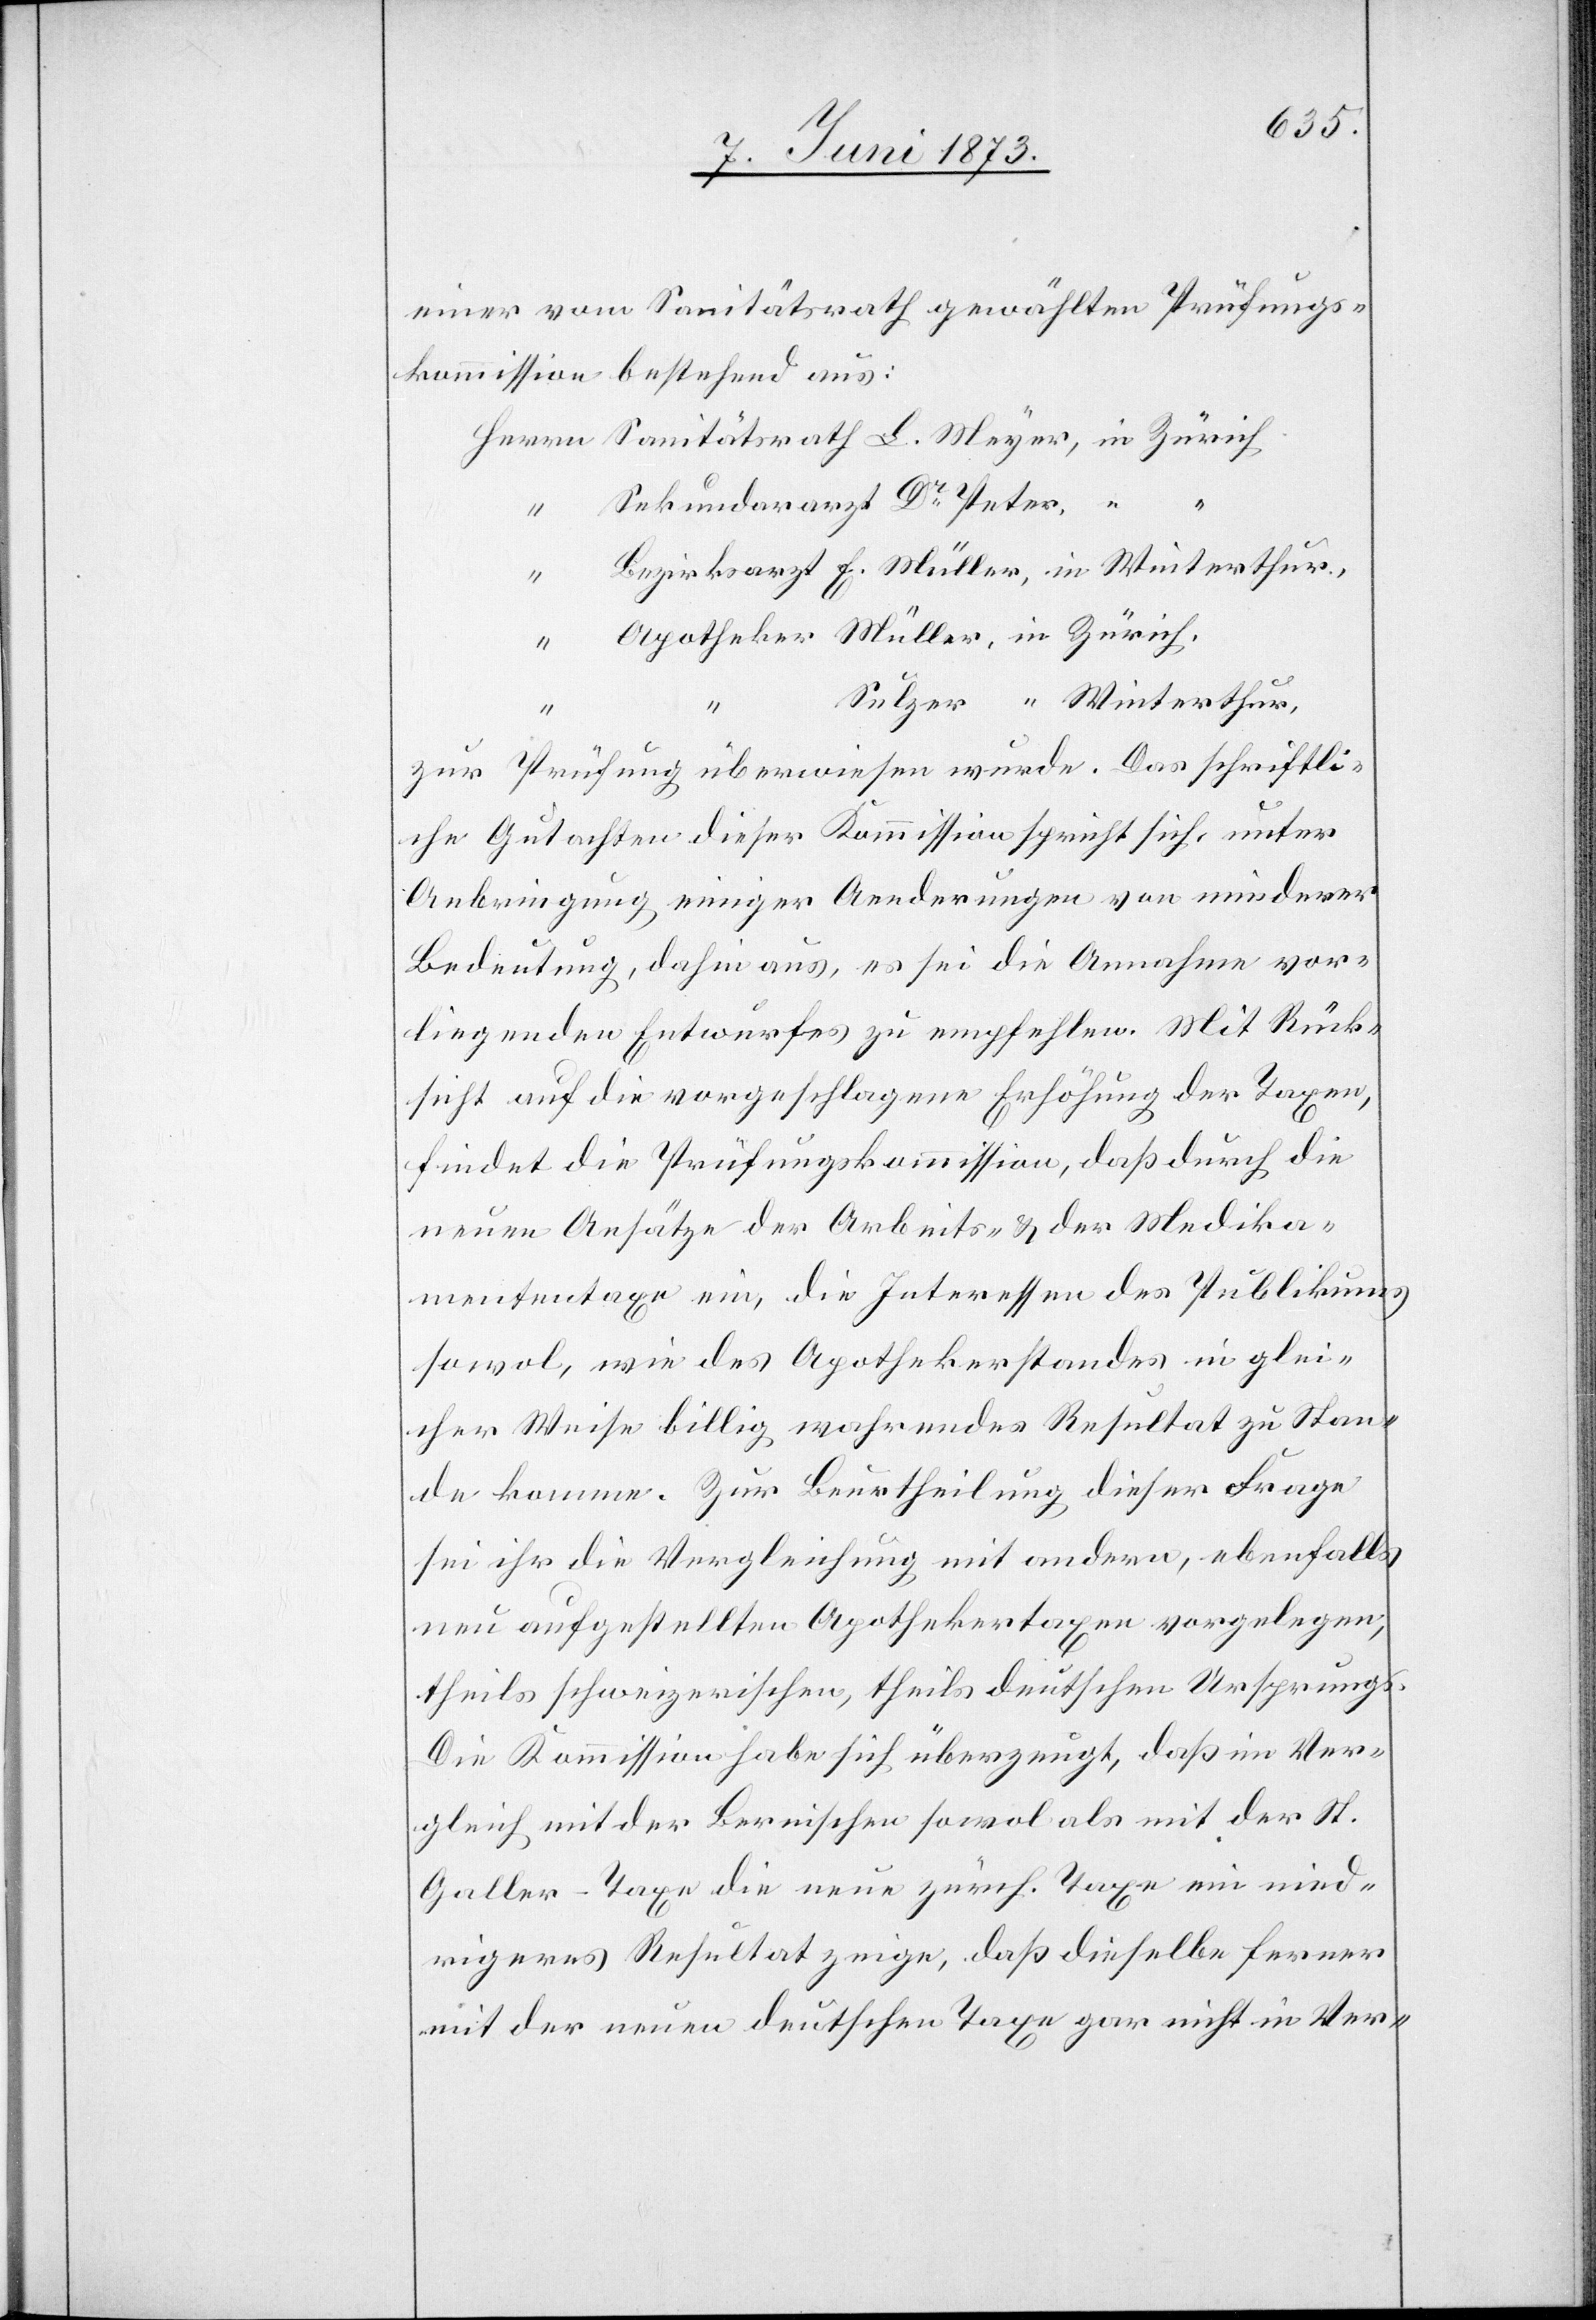
einer vom Sanitätsrath gewählten Prüfungs¬
kommission bestehend aus:
zur Prüfung überwiesen wurde. Das schriftli¬
che Gutachten dieser Kommission spricht sich, unter
Anbringung einiger Aenderungen von minderer
Bedeutung, dahin aus, es sei die Annahme vor¬
liegenden Entwurfes zu empfehlen. Mit Rück¬
sicht auf die vorgeschlagene Erhöhung der Taxen,
findet die Prüfungskommission, daß durch die
neuen Ansätze der Arbeits- & der Medika¬
mententaxe ein, die Interessen des Publikums
sowol, wie des Apothekerstandes in glei¬
cher Weise billig wahrendes Resultat zu Stan¬
de komme. Zur Beurtheilung dieser Frage
sei ihr die Vergleichung mit andern, ebenfalls
neu aufgestellten Apothekertaxen vorgelegen,
theils schweizerischen, theils deutschen Ursprungs.
Die Kommission habe sich überzeugt, daß im Ver¬
gleich mit der Bernischen sowol als mit der St.
Galler-Taxe die neue zürch. Taxe ein nied¬
rigeres Resultat zeige, daß dieselbe ferner
mit der neuen deutschen Taxe gar nicht in Ver-